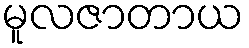
မူလဇာတာယ